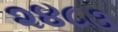
૨૪૮૩